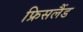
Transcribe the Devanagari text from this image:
फ्रिसलैंड